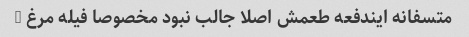
متسفانه ایندفعه طعمش اصلا جالب نبود مخصوصا فیله مرغ …